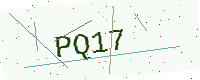
Text: PQ17